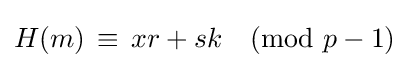
H(m)\,\equiv \,xr+sk{\pmod {p-1}}